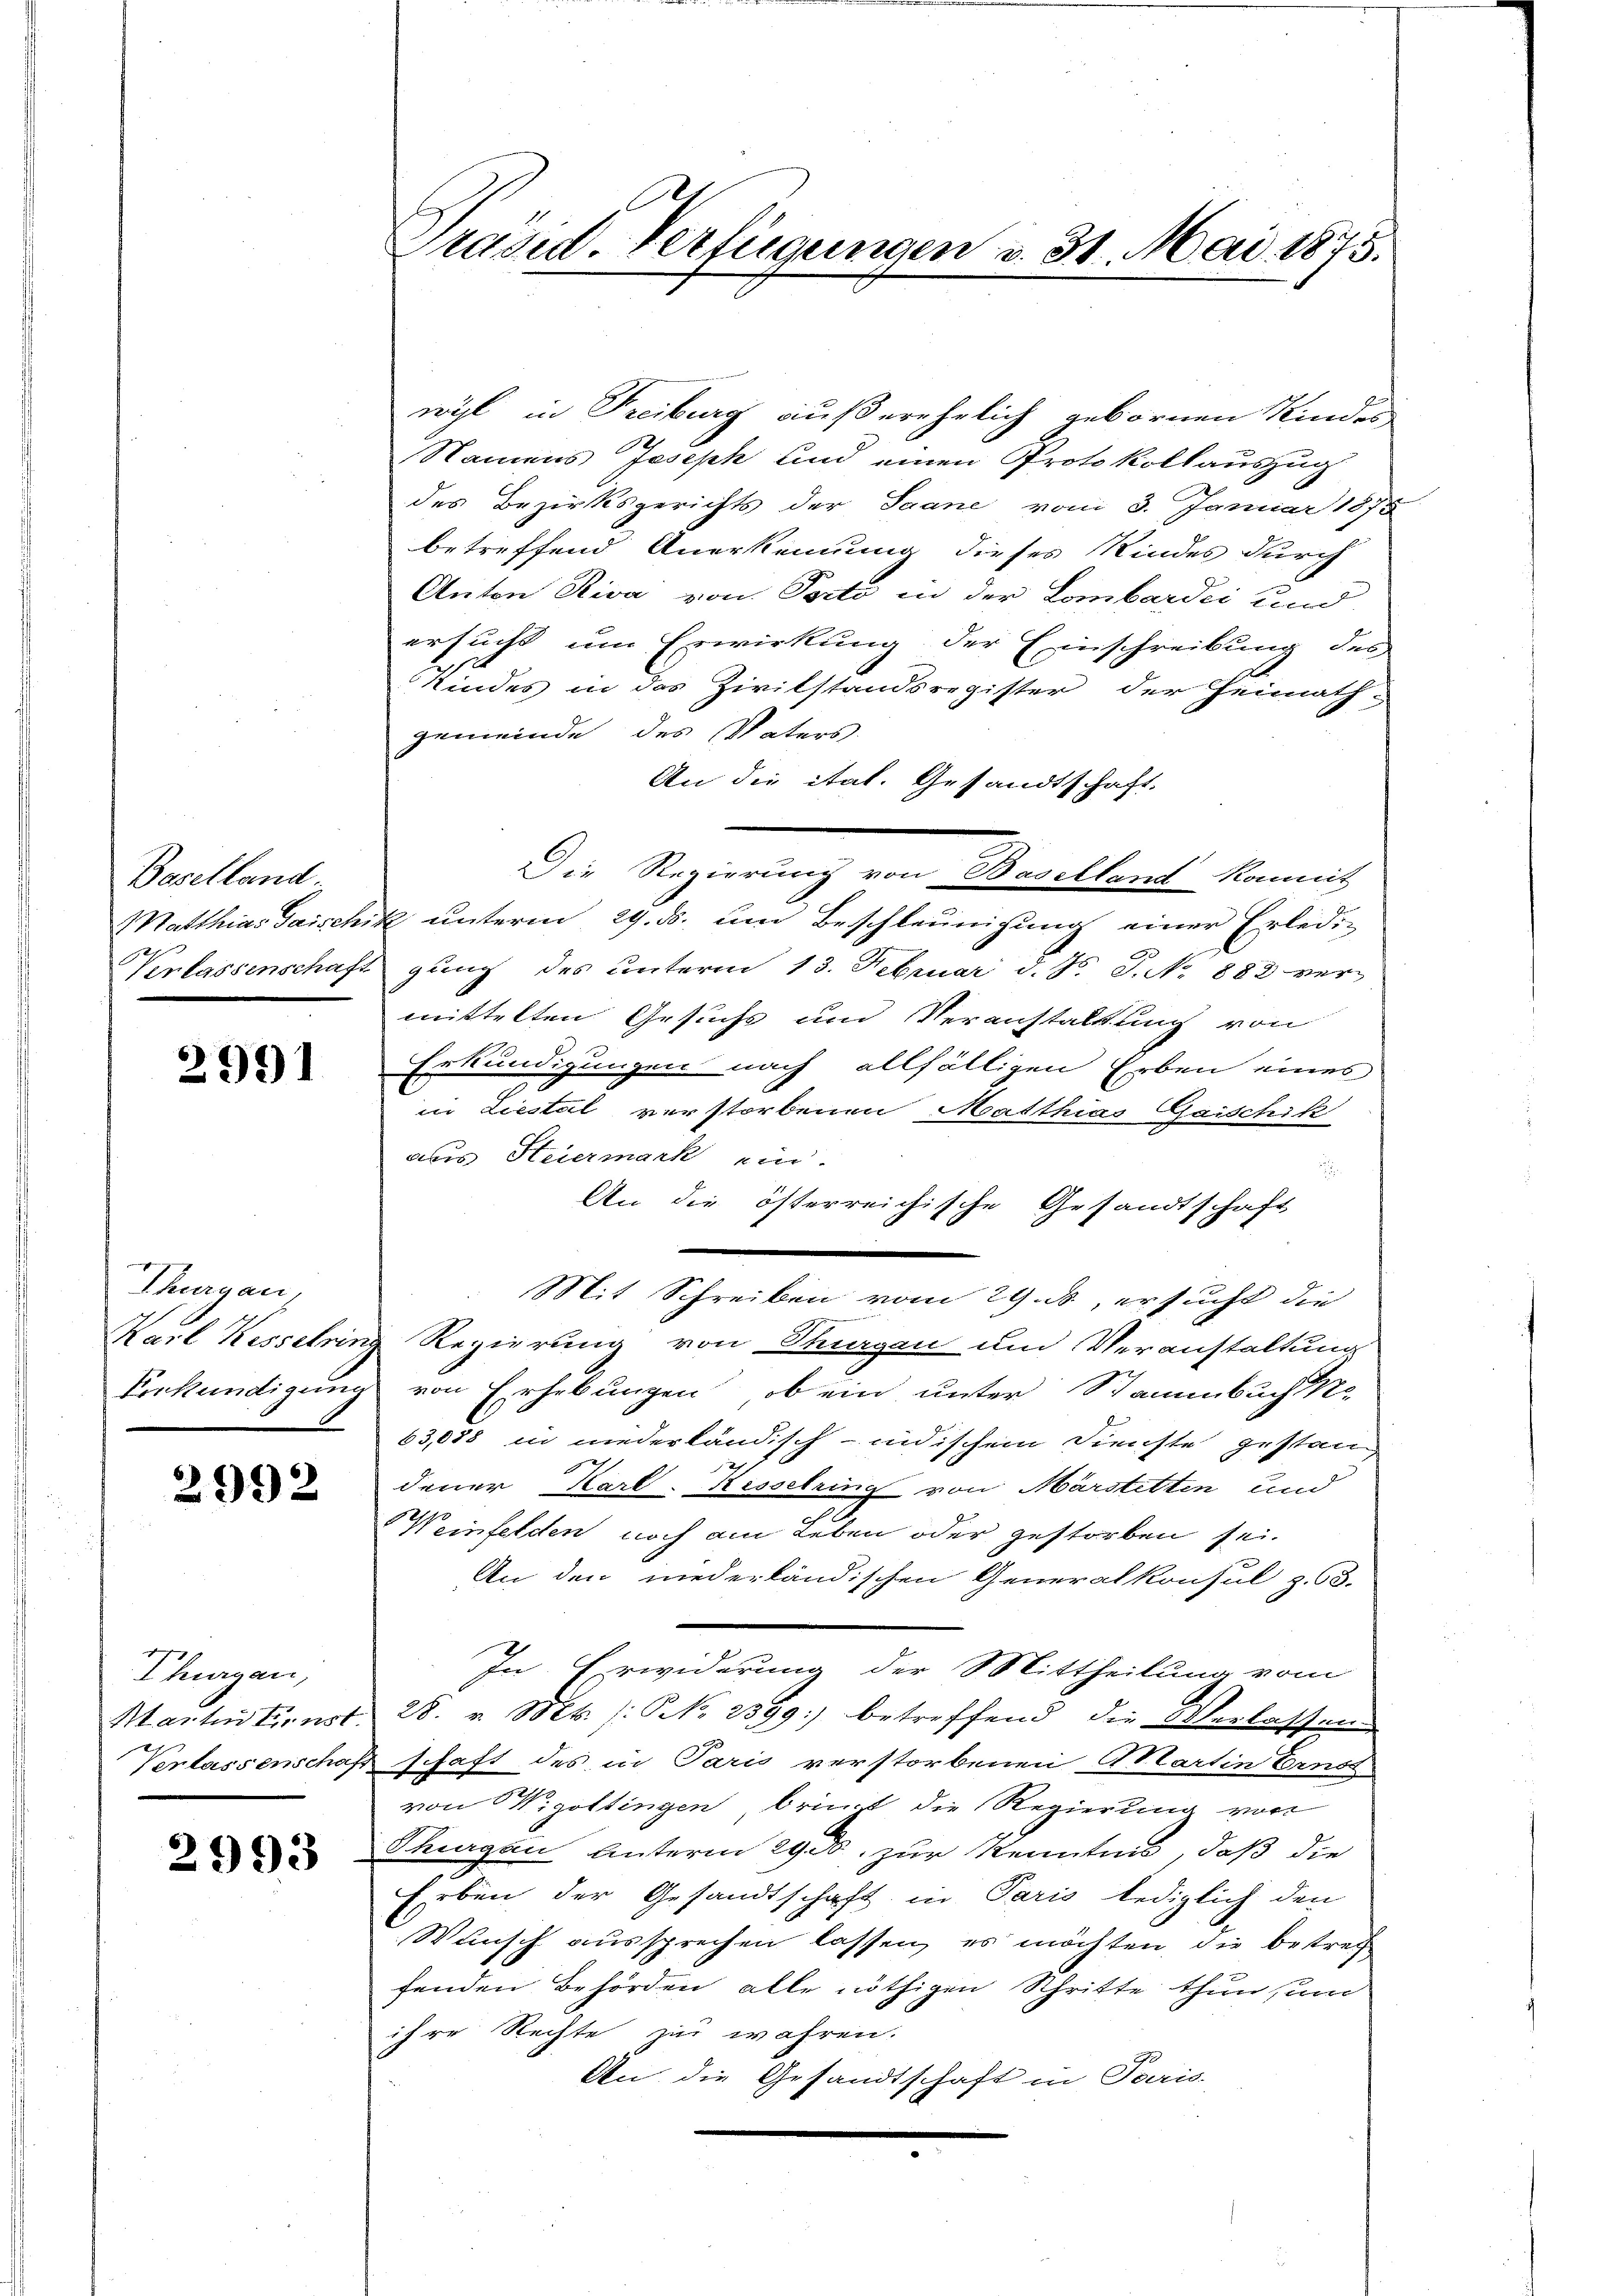
Baselland.

2991

Thurgau,
Karl Kesselris

2992

Thurgau,

2993

Präsid. Verfügungen v. 31. Mai 1875.

wyl in Freiburg außerehrlich gebornen Kindes
Namens Joseph und einen Protokollauszug
des Bezirksgerichts der Saane vom 3. Januar 1875
betreffend Anerkennung dieses Kindes durch
Anton Riva von Porto in der Lombardii und
ersucht um Erwirkung der Einschreibung des
2pr
Kindes in das Zivilstandsregister der Heimath-
gemeinde des Vaters
An die ital. Gesandtschaft.
Die Regierung von Willen kannt
MMatthias Gaischik unterm 29. ds. um Beschleunigung einer Erledig
e
Verlassenschaft ganz des unterm 13. Februar d. J. J. No. 882 ver-
mittelten Gesuchs und Veranstaltung von
Erkundigungen nach allfälligen Erben eines
in Liestal verstorbenen Matthias Gaischik
aus Steiermark ein.
.
An die österreichische Gesandtschaft
Mit Schreiben vom 29. ds., ersucht die
u Regierung von Thurgau um Veranstaltung
Verkündigung von Erhebungen, ob ein unter Stammbuch
63,088 in niederländisch-indischem Dienste gestanz
E
Feuer Karl-Kesselring von Märstetten und
Weinfelden noch am Leben oder gestorben sei.
An den niederländischen Generalkonsul z. 63.
In Erwiderung der Mittheilung vom
Martentinst 28. v. Mt. /: N. 2399) betreffend die Verlassung
Verlassenschaft schaft des in Paris verstorbenen Martin Ernst
von W. gottingen brint die Regierung von
Thurgau unterm 29. ds. zur Kenntnis, daß die
Erben der Gesandtschaft in Paris lediglich den
Wunsch aussprechen lassen, es möchten, die bestrech
fenden Behörden alle nöthigen Schritte thun sind
ihre Rechte zur wahren.
An die Gesandtschaft in Paris